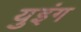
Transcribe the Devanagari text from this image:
युइंग